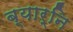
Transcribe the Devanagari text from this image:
ब्यार्नि